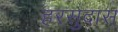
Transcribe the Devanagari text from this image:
हरसुदास